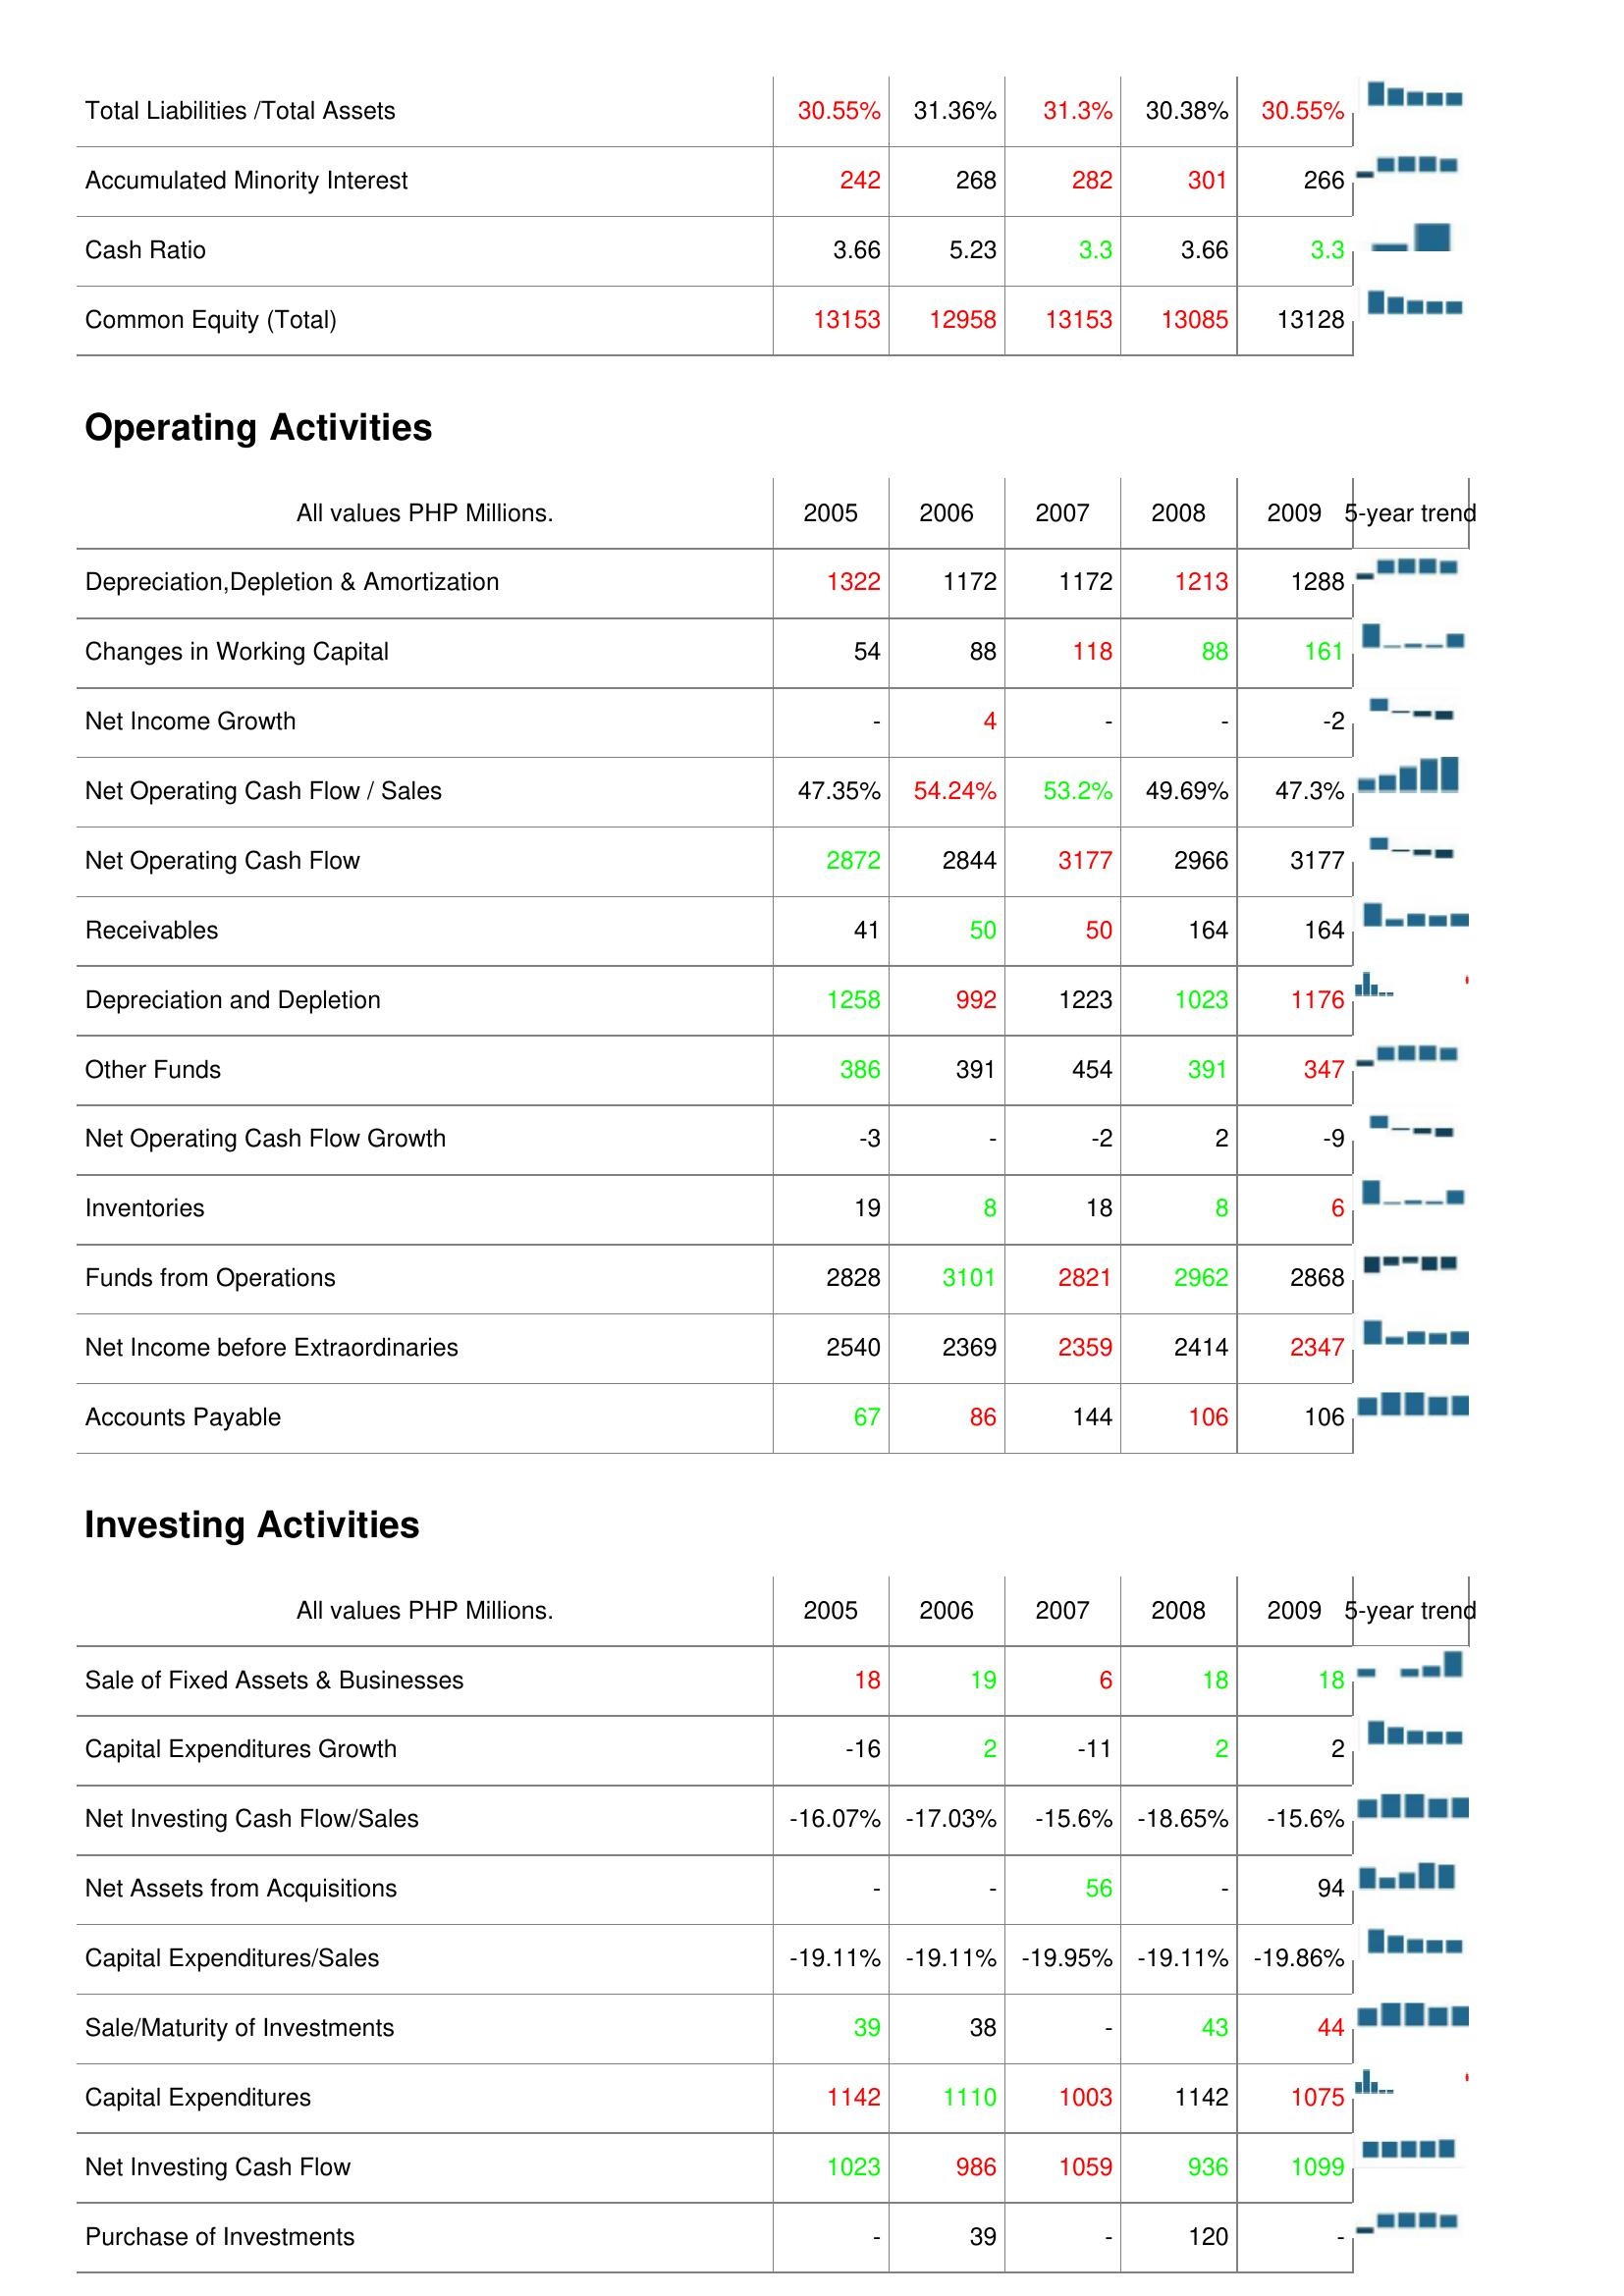
2005: Liabilities & Shareholder's Equity: Total Liabilities /Total Assets: 30.55%
Accumulated Minority Interest: 242
Cash Ratio: 3.66
Common Equity (Total): 13153
Operating Activities: Depreciation,Depletion & Amortization: 1322
Changes in Working Capital: 54
Net Income Growth: -
Net Operating Cash Flow / Sales: 47.35%
Net Operating Cash Flow: 2872
Receivables: 41
Depreciation and Depletion: 1258
Other Funds: 386
Net Operating Cash Flow Growth: -3
Inventories: 19
Funds from Operations: 2828
Net Income before Extraordinaries: 2540
Accounts Payable: 67
Investing Activities: Sale of Fixed Assets & Businesses: 18
Capital Expenditures Growth: -16
Net Investing Cash Flow/Sales: -16.07%
Net Assets from Acquisitions: -
Capital Expenditures/Sales: -19.11%
Sale/Maturity of Investments: 39
Capital Expenditures: 1142
Net Investing Cash Flow: 1023
Purchase of Investments: -
2006: Liabilities & Shareholder's Equity: Total Liabilities /Total Assets: 31.36%
Accumulated Minority Interest: 268
Cash Ratio: 5.23
Common Equity (Total): 12958
Operating Activities: Depreciation,Depletion & Amortization: 1172
Changes in Working Capital: 88
Net Income Growth: 4
Net Operating Cash Flow / Sales: 54.24%
Net Operating Cash Flow: 2844
Receivables: 50
Depreciation and Depletion: 992
Other Funds: 391
Net Operating Cash Flow Growth: -
Inventories: 8
Funds from Operations: 3101
Net Income before Extraordinaries: 2369
Accounts Payable: 86
Investing Activities: Sale of Fixed Assets & Businesses: 19
Capital Expenditures Growth: 2
Net Investing Cash Flow/Sales: -17.03%
Net Assets from Acquisitions: -
Capital Expenditures/Sales: -19.11%
Sale/Maturity of Investments: 38
Capital Expenditures: 1110
Net Investing Cash Flow: 986
Purchase of Investments: 39
2007: Liabilities & Shareholder's Equity: Total Liabilities /Total Assets: 31.3%
Accumulated Minority Interest: 282
Cash Ratio: 3.3
Common Equity (Total): 13153
Operating Activities: Depreciation,Depletion & Amortization: 1172
Changes in Working Capital: 118
Net Income Growth: -
Net Operating Cash Flow / Sales: 53.2%
Net Operating Cash Flow: 3177
Receivables: 50
Depreciation and Depletion: 1223
Other Funds: 454
Net Operating Cash Flow Growth: -2
Inventories: 18
Funds from Operations: 2821
Net Income before Extraordinaries: 2359
Accounts Payable: 144
Investing Activities: Sale of Fixed Assets & Businesses: 6
Capital Expenditures Growth: -11
Net Investing Cash Flow/Sales: -15.6%
Net Assets from Acquisitions: 56
Capital Expenditures/Sales: -19.95%
Sale/Maturity of Investments: -
Capital Expenditures: 1003
Net Investing Cash Flow: 1059
Purchase of Investments: -
2008: Liabilities & Shareholder's Equity: Total Liabilities /Total Assets: 30.38%
Accumulated Minority Interest: 301
Cash Ratio: 3.66
Common Equity (Total): 13085
Operating Activities: Depreciation,Depletion & Amortization: 1213
Changes in Working Capital: 88
Net Income Growth: -
Net Operating Cash Flow / Sales: 49.69%
Net Operating Cash Flow: 2966
Receivables: 164
Depreciation and Depletion: 1023
Other Funds: 391
Net Operating Cash Flow Growth: 2
Inventories: 8
Funds from Operations: 2962
Net Income before Extraordinaries: 2414
Accounts Payable: 106
Investing Activities: Sale of Fixed Assets & Businesses: 18
Capital Expenditures Growth: 2
Net Investing Cash Flow/Sales: -18.65%
Net Assets from Acquisitions: -
Capital Expenditures/Sales: -19.11%
Sale/Maturity of Investments: 43
Capital Expenditures: 1142
Net Investing Cash Flow: 936
Purchase of Investments: 120
2009: Liabilities & Shareholder's Equity: Total Liabilities /Total Assets: 30.55%
Accumulated Minority Interest: 266
Cash Ratio: 3.3
Common Equity (Total): 13128
Operating Activities: Depreciation,Depletion & Amortization: 1288
Changes in Working Capital: 161
Net Income Growth: -2
Net Operating Cash Flow / Sales: 47.3%
Net Operating Cash Flow: 3177
Receivables: 164
Depreciation and Depletion: 1176
Other Funds: 347
Net Operating Cash Flow Growth: -9
Inventories: 6
Funds from Operations: 2868
Net Income before Extraordinaries: 2347
Accounts Payable: 106
Investing Activities: Sale of Fixed Assets & Businesses: 18
Capital Expenditures Growth: 2
Net Investing Cash Flow/Sales: -15.6%
Net Assets from Acquisitions: 94
Capital Expenditures/Sales: -19.86%
Sale/Maturity of Investments: 44
Capital Expenditures: 1075
Net Investing Cash Flow: 1099
Purchase of Investments: -